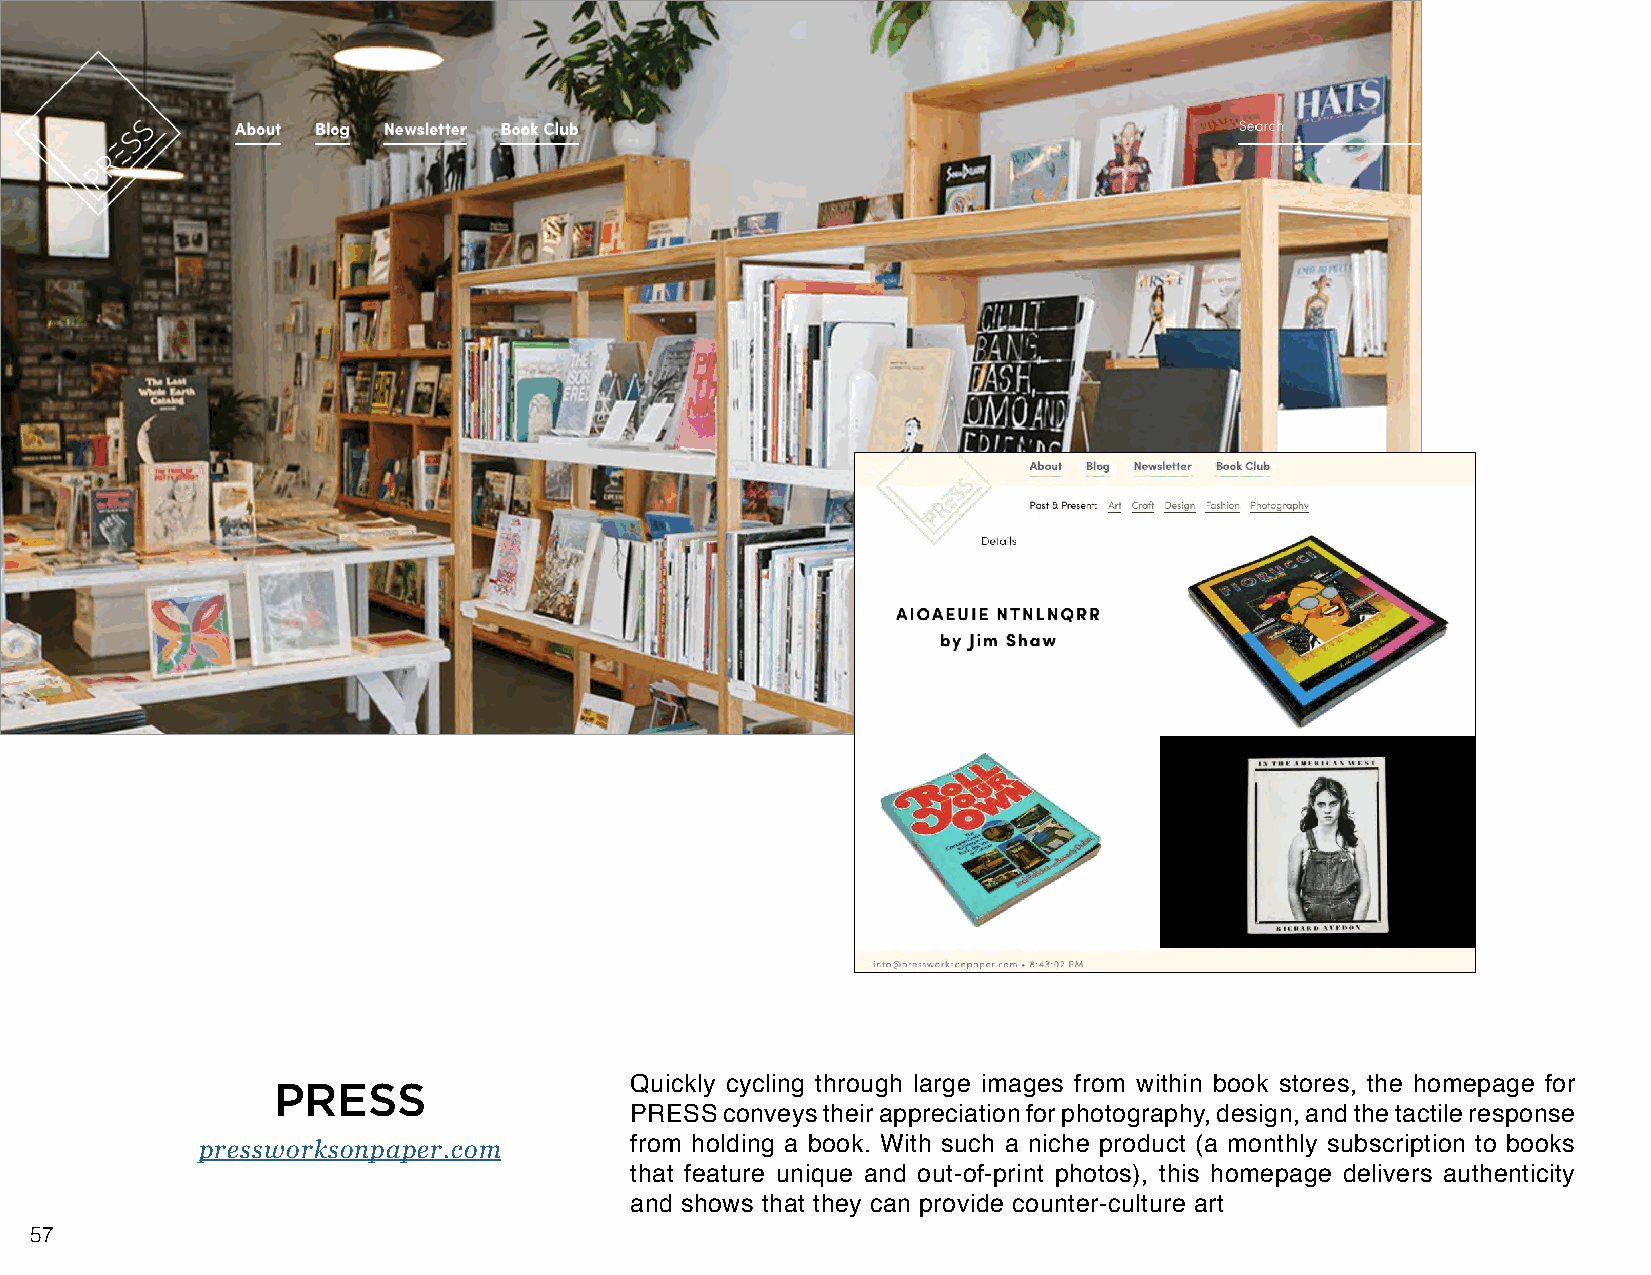
PRESS                   Quickly cycling through large images from within book stores, the homepage for
 PRESS conveys their appreciation for photography, design, and the tactile response
 pressworksonpaper.com        from holding a book. With such a niche product (a monthly subscription to books
 that feature unique and out-of-print photos), this homepage delivers authenticity
 and shows that they can provide counter-culture art
 57